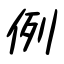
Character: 例